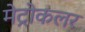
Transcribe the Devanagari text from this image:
मेट्रोकलर